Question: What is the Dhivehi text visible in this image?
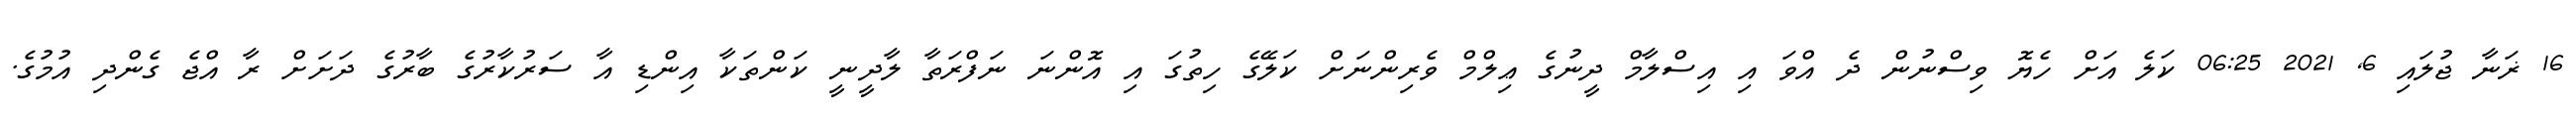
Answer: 16 ޜަނާ ޖުލައި 6, 2021 06:25 ކަލެ އަށް ހެޔޮ ވިސްނުން ދެ އްވަ އި އިސްލާމް ދީނުގެ ޢިލްމް ވެރިންނަށް ކަލޭގެ ހިތުގަ އި އޮންނަ ނަފްރަތާ ލާދީނީ ކަންތަކާ އިންޑި އާ ސަރުކާރުގެ ބާރުގެ ދަށަށް ރާ އްޖެ ގެންދި އުމުގެ.